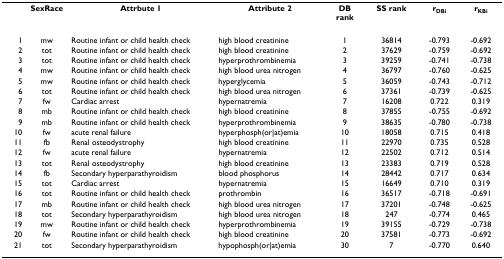
<table><thead><tr><td></td><td><b>SexRace</b></td><td><b>Attrbute 1</b></td><td><b>Attribute 2</b></td><td><b>DB rank</b></td><td><b>SS rank</b></td><td><b>r<sub>DBi</sub></b></td><td><b>r<sub>KBi</sub></b></td></tr></thead><tbody><tr><td>1</td><td>mw</td><td>Routine infant or child health check</td><td>high blood creatinine</td><td>1</td><td>36814</td><td>-0.793</td><td>-0.692</td></tr><tr><td>2</td><td>tot</td><td>Routine infant or child health check</td><td>high blood creatinine</td><td>2</td><td>37629</td><td>-0.759</td><td>-0.692</td></tr><tr><td>3</td><td>tot</td><td>Routine infant or child health check</td><td>hyperprothrombinemia</td><td>3</td><td>39259</td><td>-0.741</td><td>-0.738</td></tr><tr><td>4</td><td>mw</td><td>Routine infant or child health check</td><td>high blood urea nitrogen</td><td>4</td><td>36797</td><td>-0.760</td><td>-0.625</td></tr><tr><td>5</td><td>mw</td><td>Routine infant or child health check</td><td>hyperglycemia</td><td>5</td><td>36059</td><td>-0.743</td><td>-0.712</td></tr><tr><td>6</td><td>tot</td><td>Routine infant or child health check</td><td>high blood urea nitrogen</td><td>6</td><td>37361</td><td>-0.739</td><td>-0.625</td></tr><tr><td>7</td><td>fw</td><td>Cardiac arrest</td><td>hypernatremia</td><td>7</td><td>16208</td><td>0.722</td><td>0.319</td></tr><tr><td>8</td><td>mb</td><td>Routine infant or child health check</td><td>high blood creatinine</td><td>8</td><td>37855</td><td>-0.755</td><td>-0.692</td></tr><tr><td>9</td><td>mb</td><td>Routine infant or child health check</td><td>hyperprothrombinemia</td><td>9</td><td>38635</td><td>-0.780</td><td>-0.738</td></tr><tr><td>10</td><td>fw</td><td>acute renal failure</td><td>hyperphosph(or|at)emia</td><td>10</td><td>18058</td><td>0.715</td><td>0.418</td></tr><tr><td>11</td><td>fb</td><td>Renal osteodystrophy</td><td>high blood creatinine</td><td>11</td><td>22970</td><td>0.735</td><td>0.528</td></tr><tr><td>12</td><td>fw</td><td>acute renal failure</td><td>hypernatremia</td><td>12</td><td>22502</td><td>0.712</td><td>0.514</td></tr><tr><td>13</td><td>tot</td><td>Renal osteodystrophy</td><td>high blood creatinine</td><td>13</td><td>23383</td><td>0.719</td><td>0.528</td></tr><tr><td>14</td><td>fb</td><td>Secondary hyperparathyroidism</td><td>blood phosphorus</td><td>14</td><td>28442</td><td>0.717</td><td>0.634</td></tr><tr><td>15</td><td>tot</td><td>Cardiac arrest</td><td>hypernatremia</td><td>15</td><td>16649</td><td>0.710</td><td>0.319</td></tr><tr><td>16</td><td>tot</td><td>Routine infant or child health check</td><td>prothrombin</td><td>16</td><td>36517</td><td>-0.718</td><td>-0.691</td></tr><tr><td>17</td><td>mb</td><td>Routine infant or child health check</td><td>high blood urea nitrogen</td><td>17</td><td>37201</td><td>-0.748</td><td>-0.625</td></tr><tr><td>18</td><td>tot</td><td>Secondary hyperparathyroidism</td><td>high blood urea nitrogen</td><td>18</td><td>247</td><td>-0.774</td><td>0.465</td></tr><tr><td>19</td><td>mw</td><td>Routine infant or child health check</td><td>hyperprothrombinemia</td><td>19</td><td>39155</td><td>-0.729</td><td>-0.738</td></tr><tr><td>20</td><td>fw</td><td>Routine infant or child health check</td><td>high blood creatinine</td><td>20</td><td>37581</td><td>-0.773</td><td>-0.692</td></tr><tr><td>21</td><td>tot</td><td>Secondary hyperparathyroidism</td><td>hypophosph(or|at)emia</td><td>30</td><td>7</td><td>-0.770</td><td>0.640</td></tr></tbody></table>